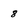
Character: 8